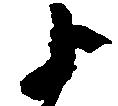
よ